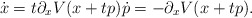
\begin{align*}\dot{x}=t\partial_{x}V(x+tp)\dot{p}=-\partial_{x}V(x+tp).\end{align*}